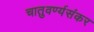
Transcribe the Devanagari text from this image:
चातुवर्ण्यसंकर